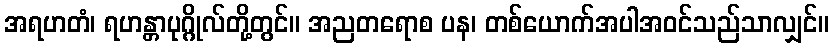
အရဟတံ၊ ရဟန္တာပုဂ္ဂိုလ်တို့တွင်။ အညတရောစ ပန၊ တစ်ယောက်အပါအဝင်သည်သာလျှင်။